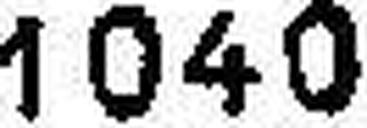
1040